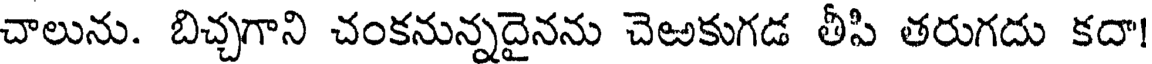
చాలును. బిచ్చగాని చంకనున్నదైనను చెఱకుగడ తీపి తరుగదు కదా